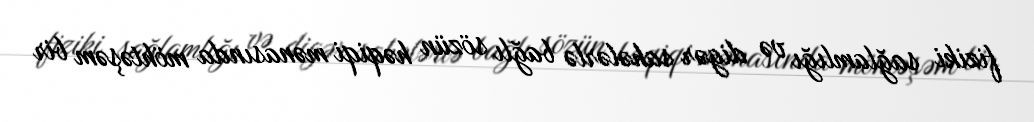
fiziki sağlamlığı və digər sahələrlə bağlı sözün həqiqi mənasında möhtəşəm bir